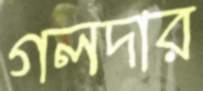
গলদার